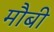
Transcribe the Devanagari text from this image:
मौबी